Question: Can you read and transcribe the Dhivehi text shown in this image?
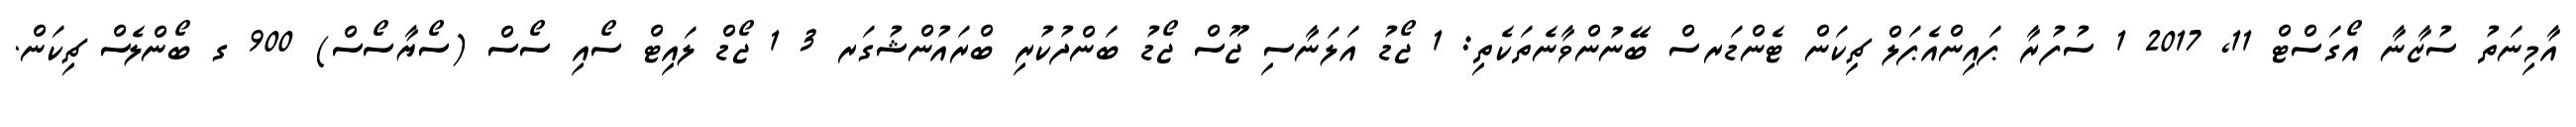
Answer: އާމިނަތު ސުޒާނާ އޯގަސްޓް 11, 2017 1 ސުފުރާ ޕައިންއެޕަލް ޗިކަން ޓެންޑަރސް ބޭނުންވާނެތަކެތި: 1 ޖޯޑު އަލަނާސި ޖޫސް ޖޯޑު ބަންދުކުރި ބްރައުންޝުގަރ 3 1 ޖޯޑް ލައިޓް ސޯއި ސޯސް (ސޯޔާސޯސް) 900 ގ ބޯންލެސް ޗިކަން.